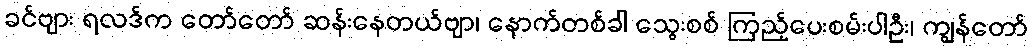
ခင်ဗျား ရလဒ်က တော်တော် ဆန်းနေတယ်ဗျာ၊ နောက်တစ်ခါ သွေးစစ် ကြည့်ပေးစမ်းပါဦး၊ ကျွန်တော်